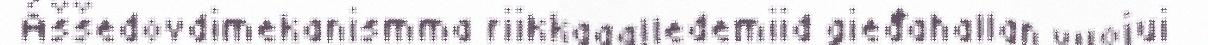
Áššedovdimekanismma riikkagalledemiid gieđahallan vuojui